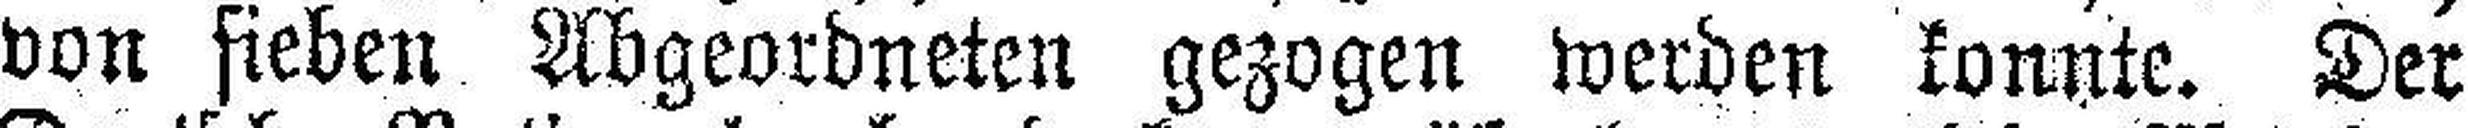
von sieben Abgeordneten gezogen werden konnte. Der